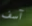
آسف